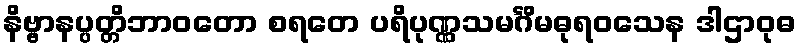
နိဗ္ဗာနပ္ပတ္တိဘာဝတော စရတေ ပရိပုဏ္ဏသမင်္ဂိမဓုရဝသေန ဒါဌာဝုဓ